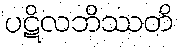
ပဋိလဘိဿတိ